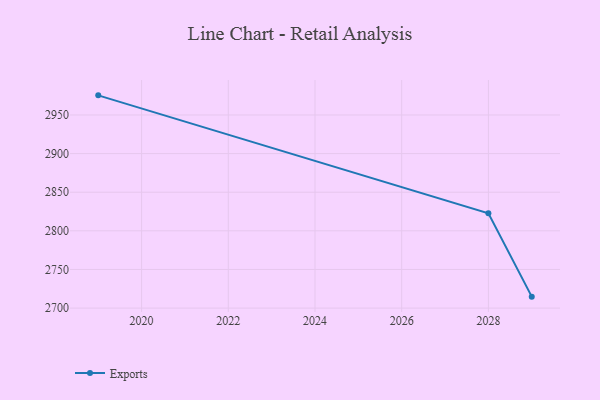
{"axis": {"x": "Year", "y": "Active Users"}, "legend": ["Exports"], "data": [{"x": "2019", "y": 2975.4, "type": "Exports"}, {"x": "2028", "y": 2822.8, "type": "Exports"}, {"x": "2029", "y": 2714.8, "type": "Exports"}]}